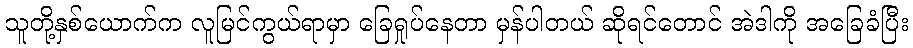
သူတို့နှစ်ယောက်က လူမြင်ကွယ်ရာမှာ ခြေရှုပ်နေတာ မှန်ပါတယ် ဆိုရင်တောင် အဲဒါကို အခြေခံပြီး